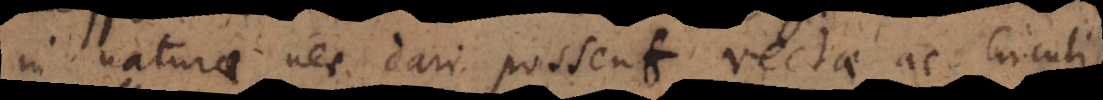
in natura nec dari possent rectae ac circuli,